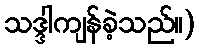
သဒ္ဒါကျန်ခဲ့သည်။)